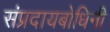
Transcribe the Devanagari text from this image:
संप्रदायबोधिनी